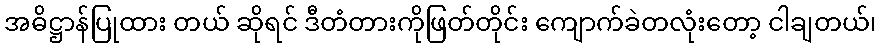
အဓိဋ္ဌာန်ပြုထား တယ် ဆိုရင် ဒီတံတားကိုဖြတ်တိုင်း ကျောက်ခဲတလုံးတော့ ငါချတယ်၊